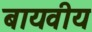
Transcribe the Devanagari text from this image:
बायवीय